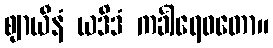
ဈာယီနံ ယဒိဒံ ကင်္ခါရေဝတော။